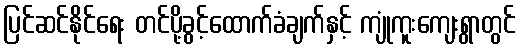
ပြင်ဆင်နိုင်ရေး တင်ပို့ခွင့်ထောက်ခံချက်နှင့် ကျုံကူးကျေးရွာတွင်